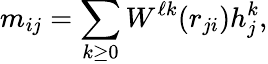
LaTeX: {m}_{ij}=\sum_{k\geq 0}{W}^{\ell k}({r}_{ji}){h}_{j}^{k},